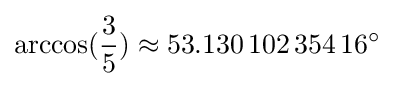
\arccos({\frac {3}{5}})\approx 53.130\,102\,354\,16^{\circ }